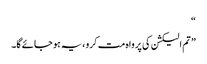
“
” تم الیکشن کی پرواہ مت کرو ،یہ ہو جائے گا۔